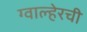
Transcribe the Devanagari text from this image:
ग्वाल्हेरची